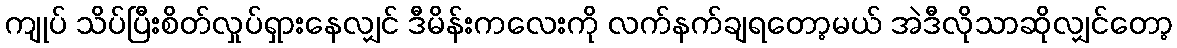
ကျုပ် သိပ်ပြီးစိတ်လှုပ်ရှားနေလျှင် ဒီမိန်းကလေးကို လက်နက်ချရတော့မယ် အဲဒီလိုသာဆိုလျှင်တော့